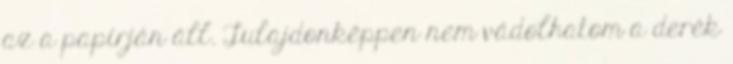
az a papírján áll. Tulajdonképpen nem vádolhatom a derék